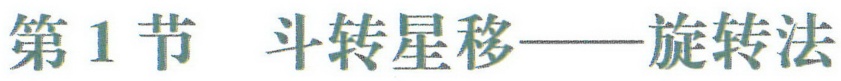
第1节 斗转星移——旋转法